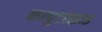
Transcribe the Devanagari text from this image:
कम्पुटराइज्ड